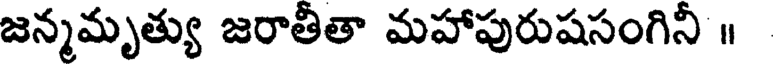
జన్మమృత్యు జరాతీతా మహాపురుషసంగినీ ॥